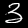
Digit: 3